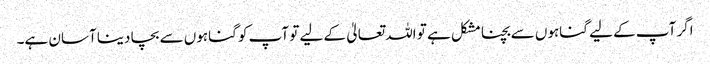
اگر آپ کے لیے گناہوں سے بچنا مشکل ہے تو اللہ تعالیٰ کے لیے تو آپ کو گناہوں سے بچا دینا آسان ہے۔